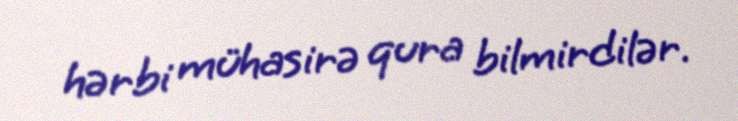
hərbi mühasirə qura bilmirdilər.